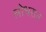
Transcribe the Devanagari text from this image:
लोधरान